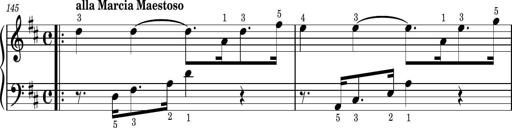
Title: Easy Progressive Lessons and 4 Sonatinas
Composer: Thomas Attwood